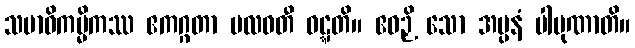
သမာဓိကမ္မိကဿ ဧကဂ္ဂတာ ဗလဝတီ ဝဋ္ဋတိ။ ဧဝဉှိ သော အပ္ပနံ ပါပုဏာတိ။